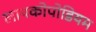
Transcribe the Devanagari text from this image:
लायकोपोडियम